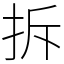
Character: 拆